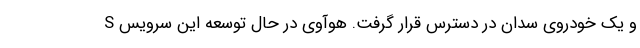
S و یک خودروی سدان در دسترس قرار گرفت. هوآوی در حال توسعه این سرویس